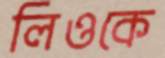
লিওকে